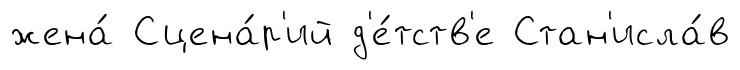
жена́ Сцена́р'ий д'е́тств'е Стан'исла́в